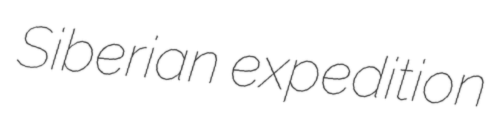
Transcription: Siberian expedition